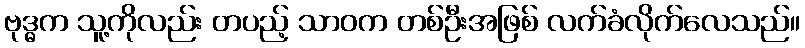
ဗုဒ္ဓက သူ့ကိုလည်း တပည့် သာဝက တစ်ဦးအဖြစ် လက်ခံလိုက်လေသည်။